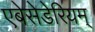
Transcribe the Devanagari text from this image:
एबेसेडेरियम्